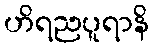
ဟိရညပူရာနိ